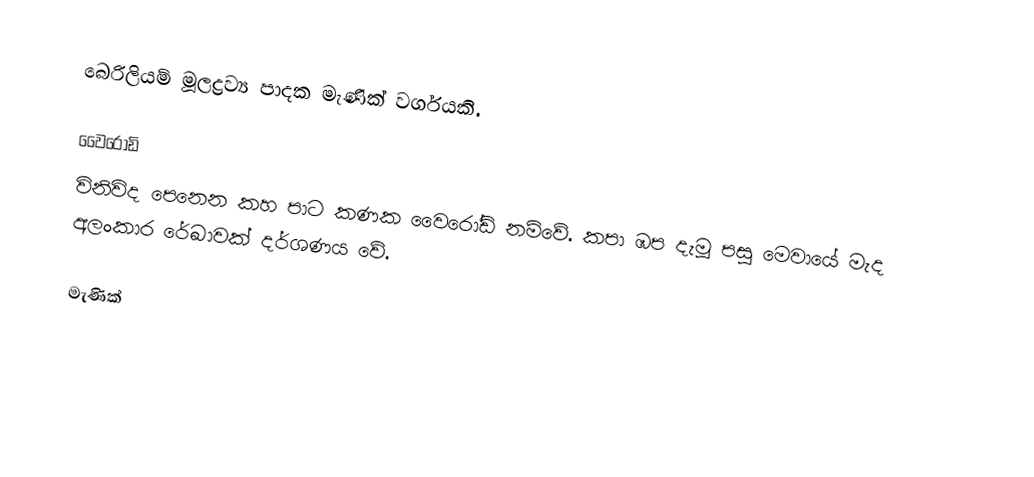
බෙරිලියම් මූලද්‍රව්‍ය පාදක මැණික් වර්ගයකි.

වෛරෝඩි
විනිවිද පෙනෙන කහ පාට කණක වෛරෝඩි නම්වේ. කපා ඹප දැමූ පසු මෙවායේ මැද අලංකාර රේඛාවක් දර්ශණය වේ.

මැණික්